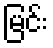
မြင်း